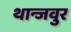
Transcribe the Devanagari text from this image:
थान्जवुर